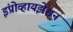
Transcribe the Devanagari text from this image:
इंप्रोव्हायझेशन